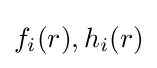
f_{i}(r),h_{i}(r)